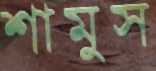
শামুস